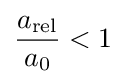
{\frac {a_{\text{rel}}}{a_{0}}}<1